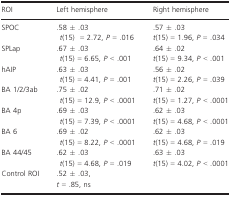
| ROI | Left hemisphere | Right hemisphere |
 | --- | --- | --- |
 | SPOC | .58 ± .03t(15)= 2.72, P = .016 | .57 ± .03t(15) = 1.96, P = .034 |
 | SPLap | .67 ± .03t(15) = 6.65, P < .001 | .64 ± .02t(15) = 9.34, P < .001 |
 | hAIP | .63 ± .03t(15) = 4.41, P = .001 | .56 ± .02t(15) = 2.26, P = .039 |
 | BA 1/2/3ab | .75 ± .02t(15) = 12.9, P < .0001 | .71 ± .02t(15) = 1.27, P < .0001 |
 | BA 4p | .69 ± .03t(15) = 7.39, P < .0001 | .62 ± .03t(15) = 4.68, P < .0001 |
 | BA 6 | .69 ± .02t(15) = 8.22, P < .0001 | .62 ± .03t(15) = 4.68, P = .019 |
 | BA 44/45 | .62 ± .03t(15) = 4.68, P = .019 | .63 ± .03t(15) = 4.02, P < .0001 |
 | Control ROI | <COLSPAN=2> .52 ± .03,t = .85, ns |